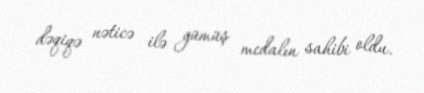
dəqiqə nəticə ilə gümüş medalın sahibi oldu.